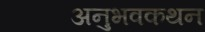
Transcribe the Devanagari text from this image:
अनुभवकथन